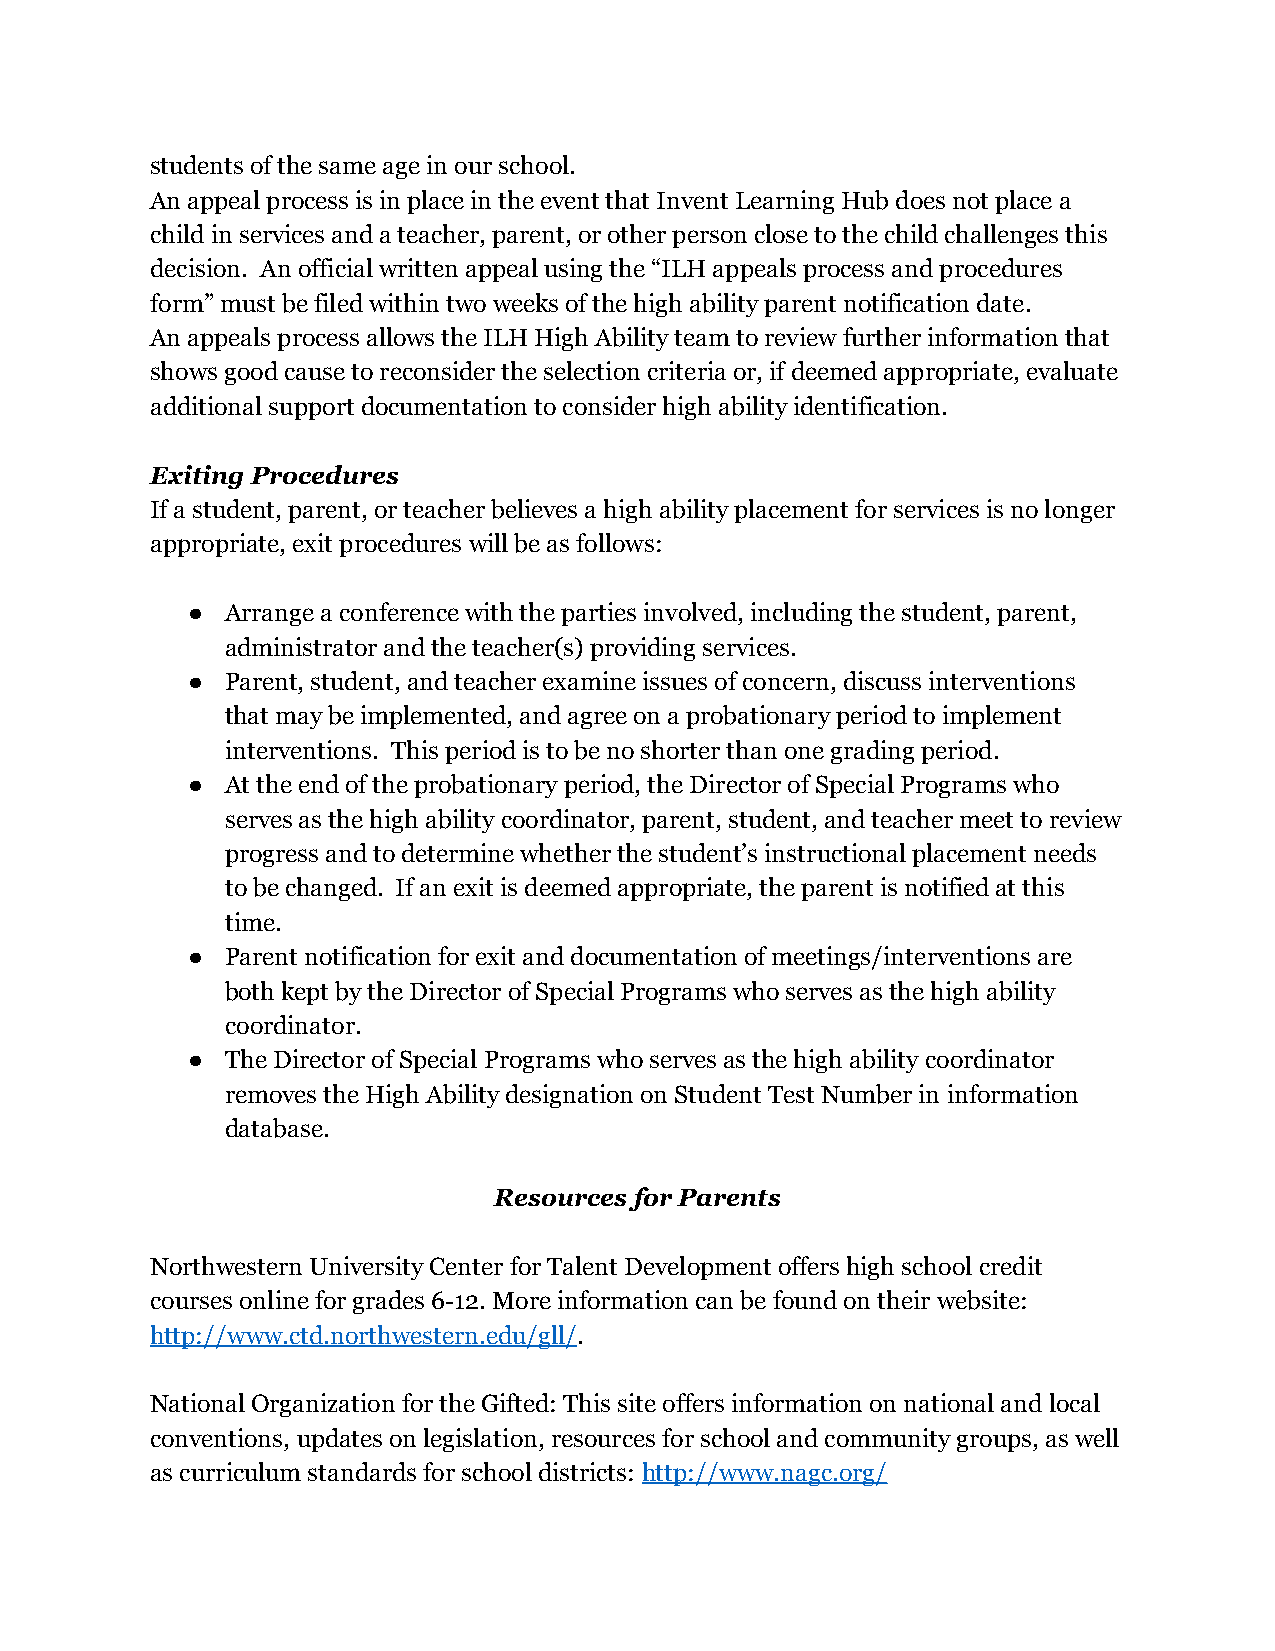
students of the same age in our school.
 An appeal process is in place in the event that Invent Learning Hub does not place a
 child in services and a teacher, parent, or other person close to the child challenges this
 decision. An official written appeal using the “ILH appeals process and procedures
 form” must be filed within two weeks of the high ability parent notification date.
 An appeals process allows the ILH High Ability team to review further information that
 shows good cause to reconsider the selection criteria or, if deemed appropriate, evaluate
 additional support documentation to consider high ability identification.
 Exiting Procedures
 If a student, parent, or teacher believes a high ability placement for services is no longer
 appropriate, exit procedures will be as follows:
 ●  Arrange a conference with the parties involved, including the student, parent,
 administrator and the teacher(s) providing services.
 ●  Parent, student, and teacher examine issues of concern, discuss interventions
 that may be implemented, and agree on a probationary period to implement
 interventions. This period is to be no shorter than one grading period.
 ●  At the end of the probationary period, the Director of Special Programs who
 serves as the high ability coordinator, parent, student, and teacher meet to review
 progress and to determine whether the student’s instructional placement needs
 to be changed. If an exit is deemed appropriate, the parent is notified at this
 time.
 ●  Parent notification for exit and documentation of meetings/interventions are
 both kept by the Director of Special Programs who serves as the high ability
 coordinator.
 ●  The Director of Special Programs who serves as the high ability coordinator
 removes the High Ability designation on Student Test Number in information
 database.
 Resources for Parents
 Northwestern University Center for Talent Development offers high school credit
 courses online for grades 6-12. More information can be found on their website:
 http://www.ctd.northwestern.edu/gll/.
 National Organization for the Gifted: This site offers information on national and local
 conventions, updates on legislation, resources for school and community groups, as well
 as curriculum standards for school districts:http://www.nagc.org/